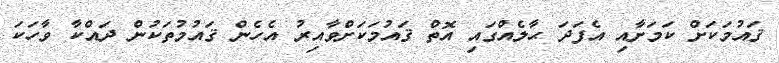
ޤައުމަކަށް ކަމަށާއި އެފަދަ ޙާލެއްގައި އޮތް ޤައުމަކަށްވާއިރު އެހެން ޤައުމުތަކުން ދައްކާ ވާހަކަ